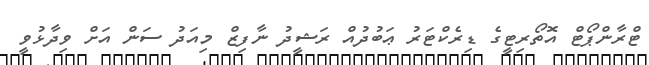
ޓްރާންޕޯޓް އޮތޯރިޓީގެ ޑިރެކްޓަރު ޢަބުދުއް ރަޝީދު ނާފިޒް މިއަދު ސަން އަށް ވިދާޅުވީ